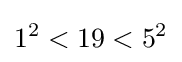
1^{2}<19<5^{2}